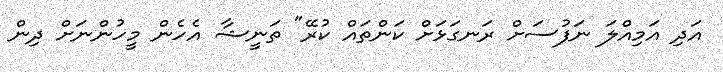
އަދި އަމިއްލަ ނަފުސަށް ރަނގަޅަށް ކަންތައް ކުރޭ" ތަނީޝާ އެހެން މީހުންނަށް ދިން